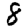
Digit: 8